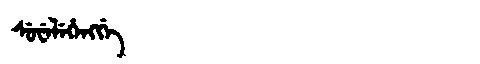
Manchu: ᠰᡠᠸᡝᠯᡝᡥᡝᠩᡤᡝ
Romanization: SUWELEHENGGE